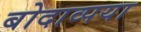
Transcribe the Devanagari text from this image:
बोदाव्पया